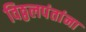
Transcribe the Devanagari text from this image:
विठ्ठलपंतांना